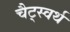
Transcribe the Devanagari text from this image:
चैट्स्वर्थ